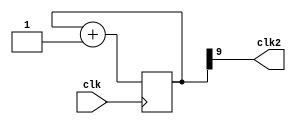
module clk_div(
    input clk,

    output clk2
);

reg [9:0]cnt = 0;

assign clk2 = cnt[9];

always @(posedge clk) begin
    cnt <= cnt + 10'b1;
end

endmodule